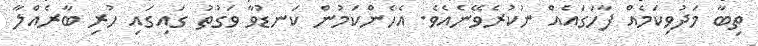
ތިބާ މަދުވިކަމެއް ފާހަގައެއް ނުކުރެވޭނެއެވެ. އެހެންކަމުން ކަނޑުވާ ވަގުތު ގައިގައި ހުރި ބާރެއްލާ